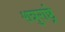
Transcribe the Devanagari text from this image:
शत्रुराष्ट्रे